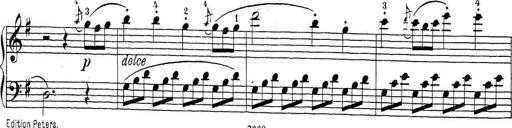
Title: Sonatina Album
Composer: Louis KÃ¶hler